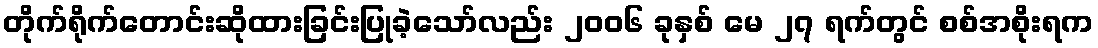
တိုက်ရိုက်တောင်းဆိုထားခြင်းပြုခဲ့သော်လည်း ၂၀၀၆ ခုနှစ် မေ ၂၇ ရက်တွင် စစ်အစိုးရက